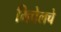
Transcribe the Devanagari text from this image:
मिचेलचे